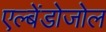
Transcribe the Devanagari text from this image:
एल्बेंडोजोल